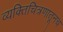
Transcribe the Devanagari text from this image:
व्यक्तिचित्रणातूनच